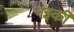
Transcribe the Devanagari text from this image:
नइकी